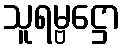
သူရမ္ဗဋ္ဌော